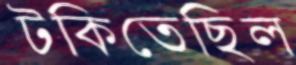
টকিতেছিল